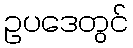
ဥပဒေတွင်